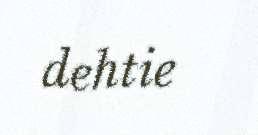
dehtie